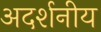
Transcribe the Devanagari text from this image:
अदर्शनीय